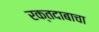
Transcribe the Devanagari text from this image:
रक्तदाबाचा